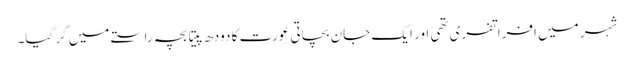
شہر میں افراتفری تھی اور ایک جان بچاتی عورت کا دودھ پیتا بچہ راستے میں گر گیا۔